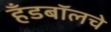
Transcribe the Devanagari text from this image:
हँडबॉलचे